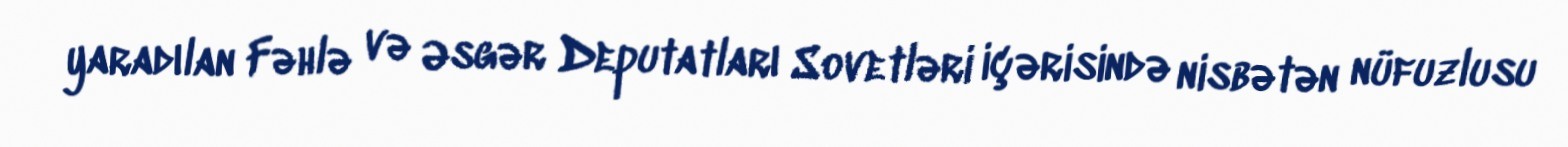
yaradılan Fəhlə və Əsgər Deputatları Sovetləri içərisində nisbətən nüfuzlusu